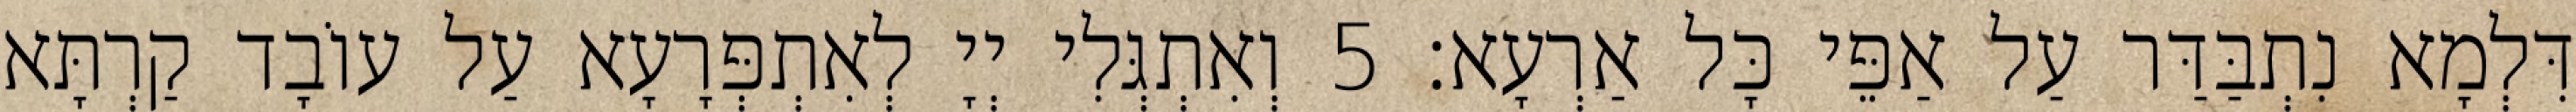
דִּלְמָא נִתְבַּדַּר עַל אַפֵּי כָּל אַרְעָא׃ 5 וְאִתְגְּלִי יְיָ לְאִתְפְּרָעָא עַל עוֹבָד קַרְתָּא